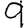
Digit: 9